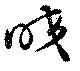
咬